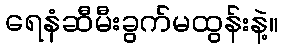
ရေနံဆီမီးခွက်မထွန်းနဲ့။